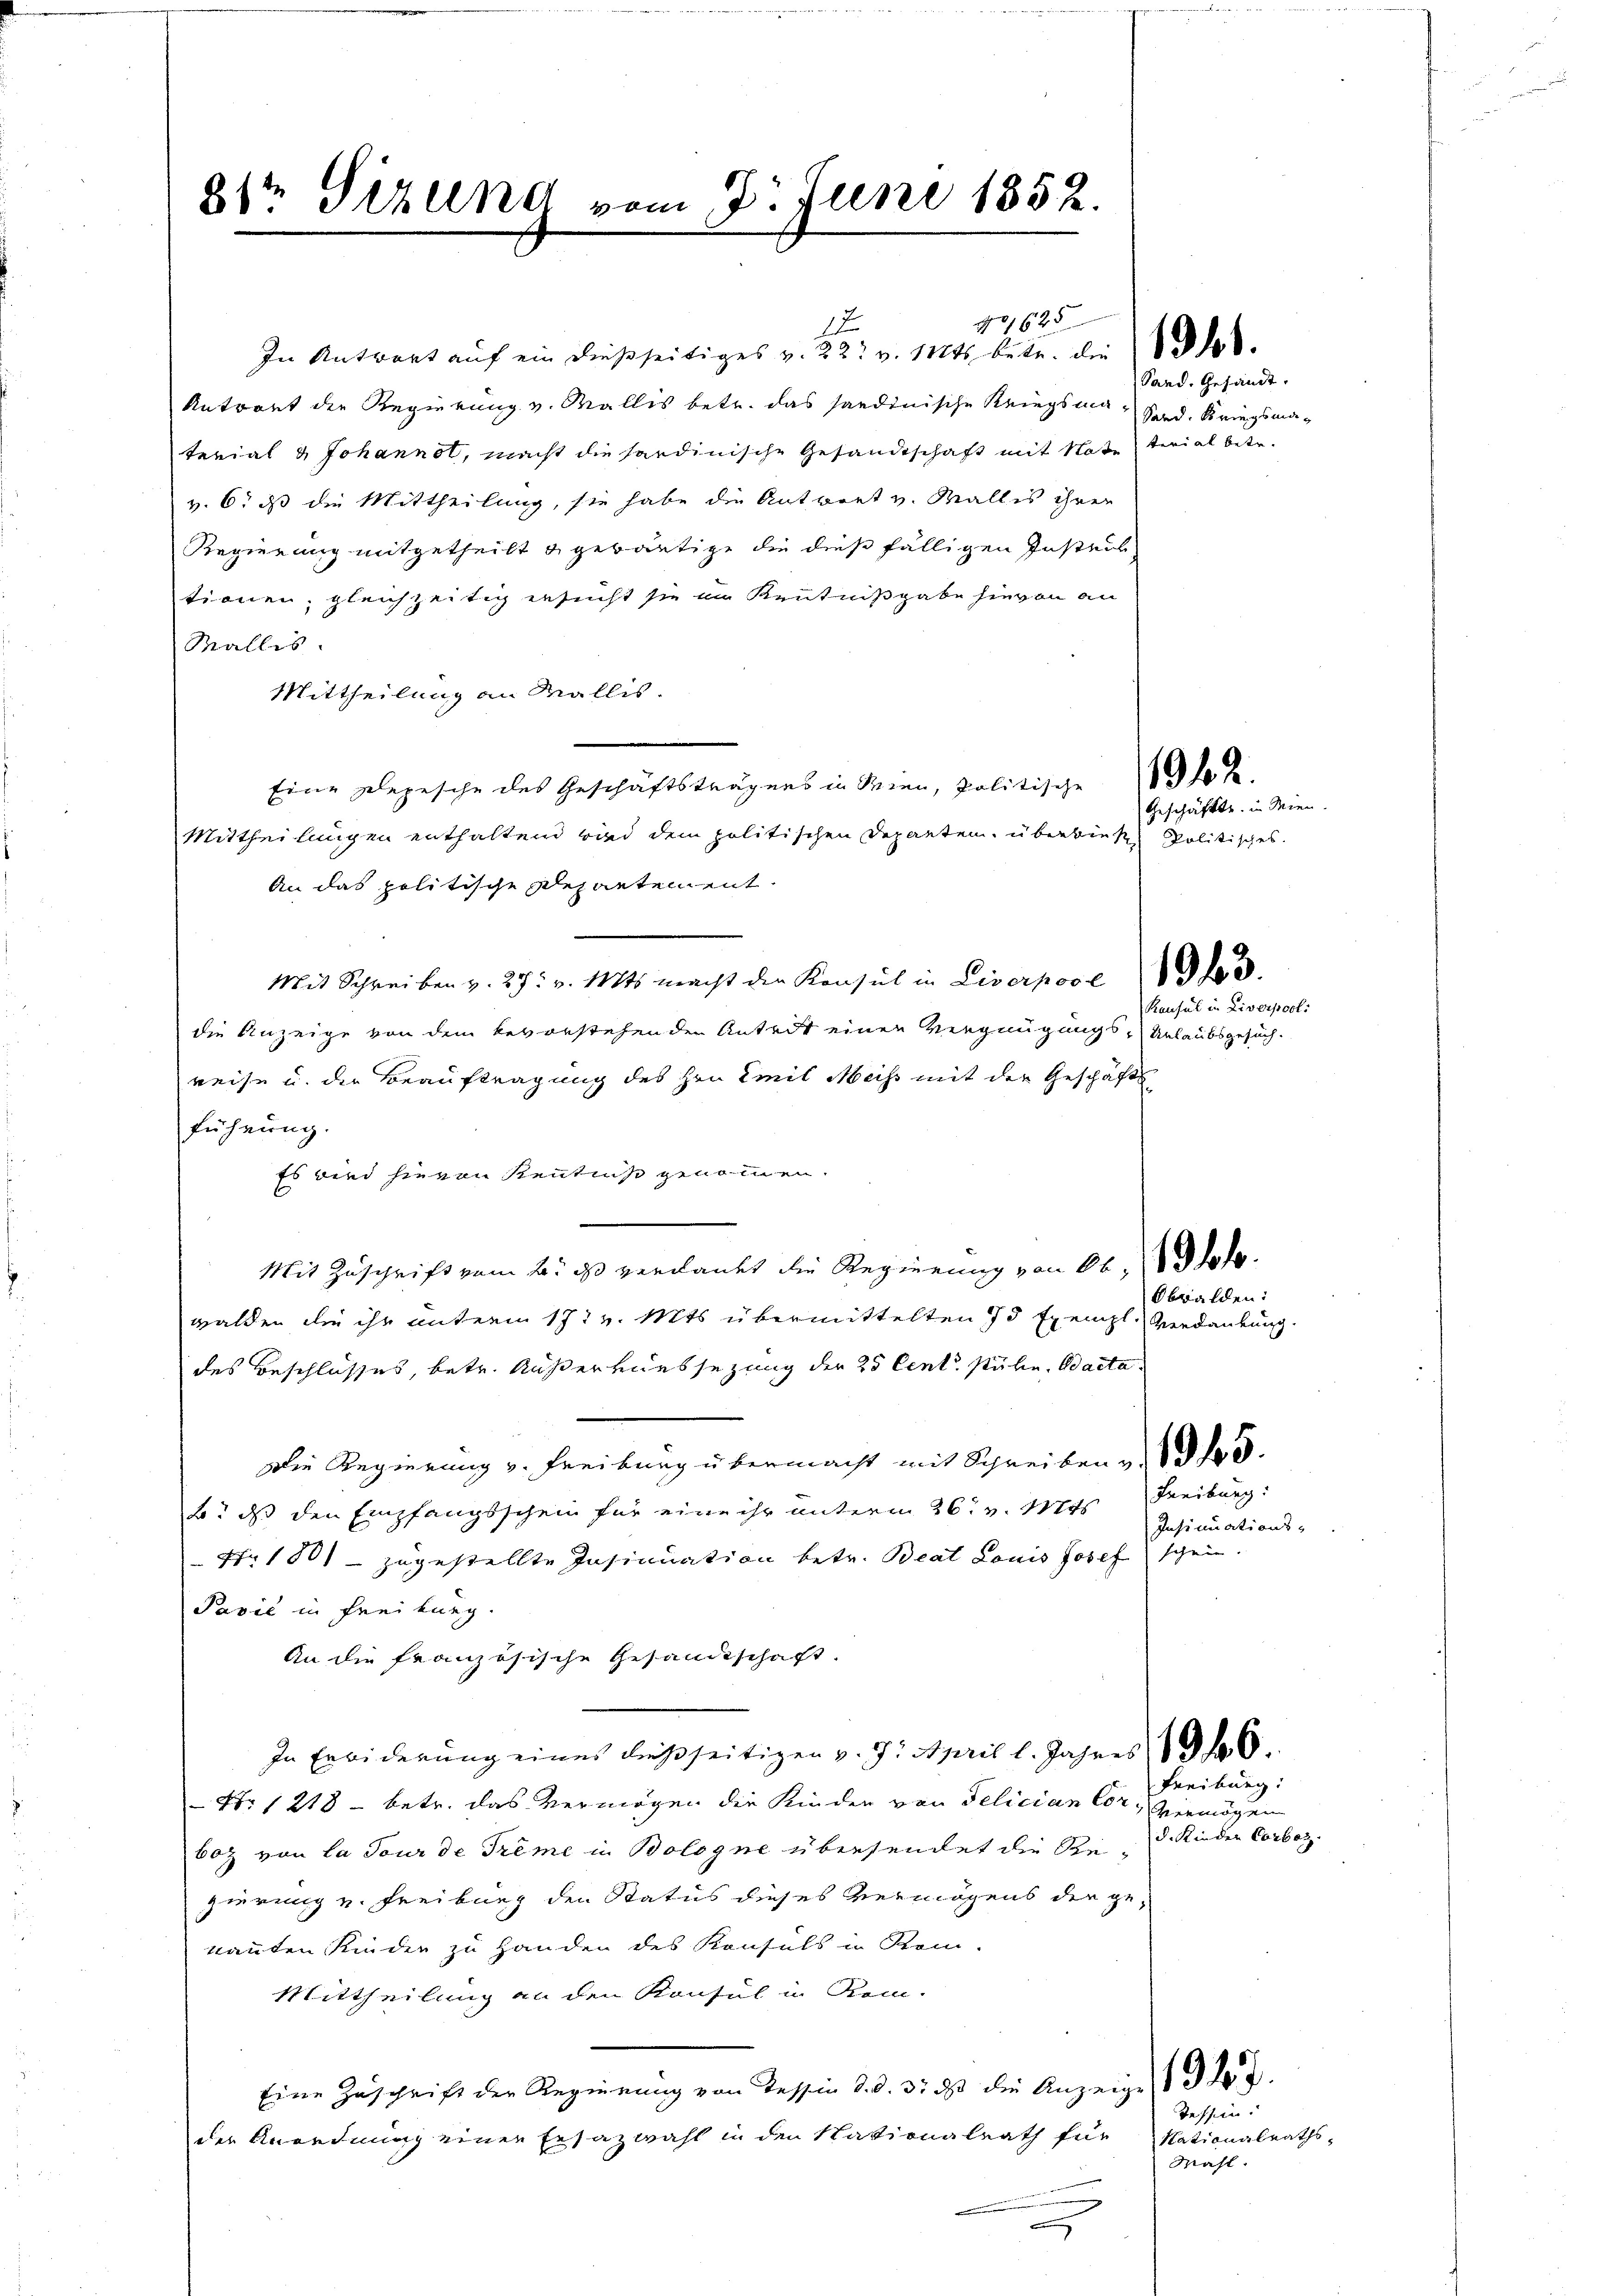
81te Sizung vom 2. Juni 1852.

1
In Antwort aŭf ein dießseitiges v. 22. v. 14ts betr. die ob.
Antwort der Regierung v. Wallis betr. das sandinische Kriegsma-Sard. Kriegsmaterial & Johannet, macht die sardinische Gesandtschaft mit Note terial betr.
v. 6. ds die Mittheilung, sie habe die Antwort v. Wallis ihren
Regierung mitgetheilt u gewärtige die dießfälligen Instens
tionen, gleichzeitig ersucht sie in Kentnißgabe hievon an
Wallis.
Mittheilung an Wallis.
Eine Depesche des Geschäftstragens in Wien, politische
Mittheilungen enthaltend wird dem politischen Departen, überwiese Politisches
An das politische Departement.
Mit Schreiben v. 27. v. Mts. macht der Konsul in Liverpool od.
die Anzeige von dem bevorstehenden Anteit einen Vergnügungs-Urlaubsgesuch.
reise u. der Beauftragung des Hrn. Emil Meiss mit der Geschäfts
führung.
Es wird hievon Kenntniß genommen.
Mit Zuschrift vom 2. ds verdankt die Regierung von 66, dto.
walden die ihr unterm 17. v. Mts. übermittelten 75 Exempl. Verdankung.
des Beschlusses, betr. Außerliessezung der 25 Cent Mühe, Bacta.
Die Regierung v. Freibung übermacht mit Schreiben v. 1815.
b. dass den Empfangsschein für eine ihr unterm 26. v. Mts
Nr. 1801 zugestellte Insinuation betr. Beat Louis Josef schein.
Pavić in Freiburg.
An die französische Gesandtschaft.
In Erwiderung eines dießseitigen v. 9. April l. Jahres 196.
Nr 1218 - betr. das Vermögen der Kinder von Felician Cor- Vermögen
boz von la Tour de Trême in Bologne übersendet die Spegierung v. Freiburg den Status dieses Vermögens der ge-
kannten Kinder zu Handen des Konfels in Som-
Mittheilung an den Konsul in Rein-
Eine Zuschrift der Regierung von Tessin d. d. 3. ds die Anzeige 1 347.
der Anordnung einer Ersatzwahl in den Nationalrath für
x

401625

Sand. Gesandt.

Geschäfte in Wien

1912.

Konsul in Liverpool:

Obwalden:

Freiburg:
Insinuations-

Freiburg:
d. Kinder Carboz

Tessin.
Nationalraths¬
Mahl.